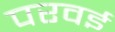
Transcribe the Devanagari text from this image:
परवई